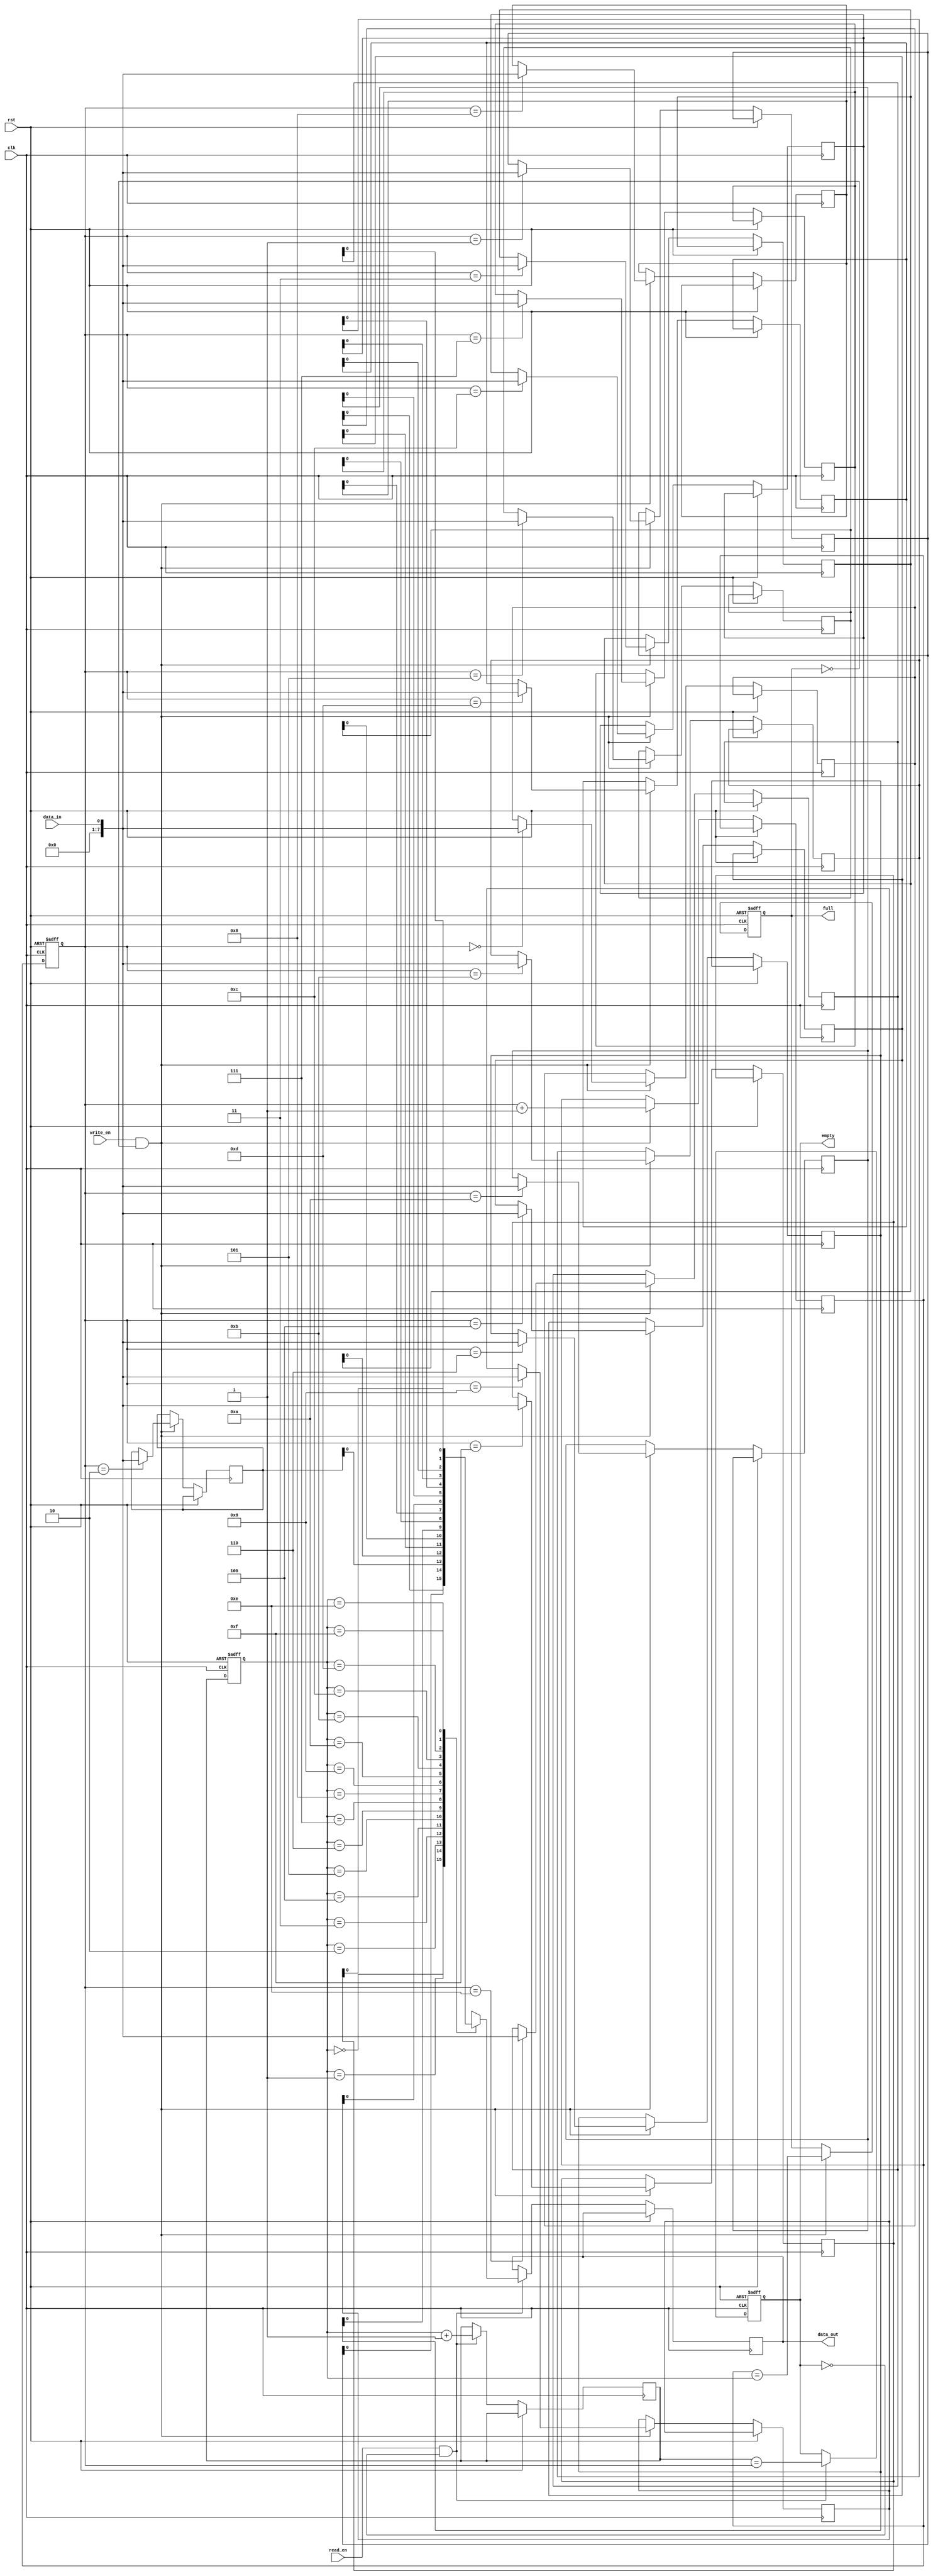
module gray_fifo (
    input wire clk,
    input wire rst,
    input wire write_en,
    input wire read_en,
    input wire data_in,
    output reg data_out,
    output reg full,
    output reg empty
);

reg [7:0] fifo [0:15];
reg [3:0] write_ptr;
reg [3:0] read_ptr;
reg [3:0] next_write_ptr;
reg [3:0] next_read_ptr;

always @ (posedge clk or posedge rst) begin
    if (rst) begin
        write_ptr <= 4'b0000;
        read_ptr <= 4'b0000;
        empty <= 1;
        full <= 0;
    end else begin
        if (write_en && !full) begin
            fifo[write_ptr] <= data_in;
            next_write_ptr <= write_ptr + 1;
            full <= (next_write_ptr == read_ptr);
        end
        
        if (read_en && !empty) begin
            data_out <= fifo[read_ptr];
            next_read_ptr <= read_ptr + 1;
            empty <= (next_read_ptr == write_ptr);
        end
        
        write_ptr <= next_write_ptr;
        read_ptr <= next_read_ptr;
    end
end

endmodule